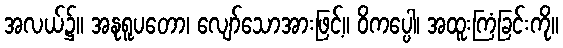
အလယ်၌။ အနုရူပတော၊ လျော်သောအားဖြင့်။ ဝိကပ္ပေါ၊ အထူးကြံခြင်းကို။